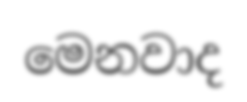
මෙනවාද